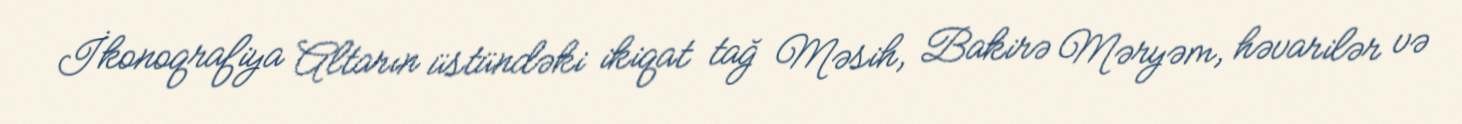
İkonoqrafiya Altarın üstündəki ikiqat tağ Məsih, Bakirə Məryəm, həvarilər və